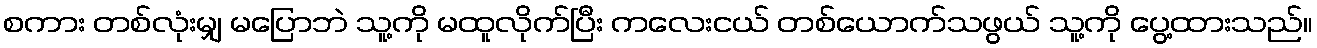
စကား တစ်လုံးမျှ မပြောဘဲ သူ့ကို မထူလိုက်ပြီး ကလေးငယ် တစ်ယောက်သဖွယ် သူ့ကို ပွေ့ထားသည်။